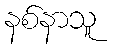
နစ်နာသူ